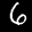
Label: 6